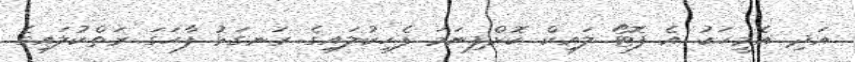
އަދި އެމީހަކު އެ ފޮޓޯ ލައިކް ކޮށްފިނަމަ ފެހިކުލައިގެ ރަނގަޅު ފާހަގަ ރަތްކުލައިގެ